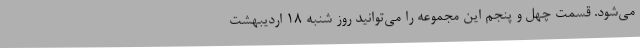
می‌شود. قسمت چهل و پنجم این مجموعه را می‌توانید روز شنبه ۱۸ اردیبهشت